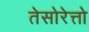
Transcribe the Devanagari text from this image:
तेसोरेत्तो